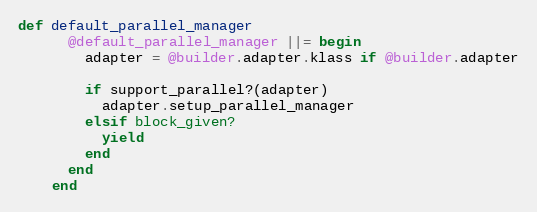
Language: Ruby
def default_parallel_manager
      @default_parallel_manager ||= begin
        adapter = @builder.adapter.klass if @builder.adapter

        if support_parallel?(adapter)
          adapter.setup_parallel_manager
        elsif block_given?
          yield
        end
      end
    end